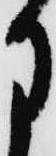
月